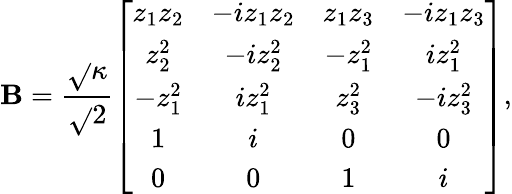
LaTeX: \mathbf{B}=\frac{{\sqrt{}{{\kappa}}}}{{\sqrt{}{{2}}}}\left[\begin{array}{cccc}{z_{1}z_{2}}&{-iz_{1}z_{2}}&{z_{1}z_{3}}&{-iz_{1}z_{3}}\\ {z_{2}^{2}}&{-iz_{2}^{2}}&{-z_{1}^{2}}&{iz_{1}^{2}}\\ {-z_{1}^{2}}&{iz_{1}^{2}}&{z_{3}^{2}}&{-iz_{3}^{2}}\\ {1}&{i}&{0}&{0}\\ {0}&{0}&{1}&{i}\end{array}\right],